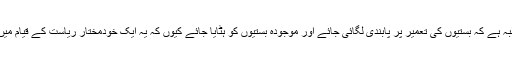
فلسطینیوں کا مطالبہ ہے کہ بستیوں کی تعمیر پر پابندی لگائی جائے اور موجودہ بستیوں کو ہٹایا جائے کیوں کہ یہ ایک خودمختار ریاست کے قیام میں بڑی رکاوٹ ہیں۔